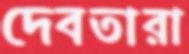
দেবতারা